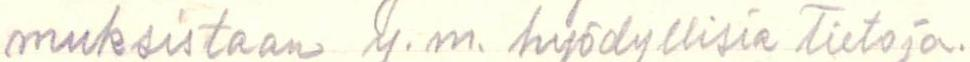
muksistaan y.m. hyödyllisiä tietoja.